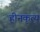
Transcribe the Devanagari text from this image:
हीनकृत्य